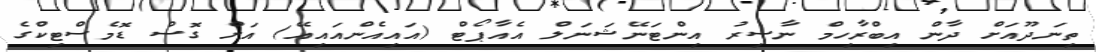
ތިނަދޫއަށް ދާން އިބްރާހިމް ނާސިރު އިންޓަނޭޝަނަލް އެއާޕޯޓް (އައިއެންއައިއޭ) އަށް ގޮސް ޑޮމެސްޓިކްގެ